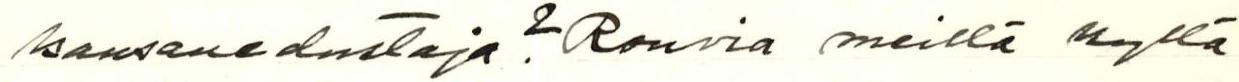
kansanedustaja? Rouvia meillä kyllä